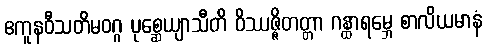
ဧကူနဝီသတိမဝဂ္ဂ ပုစ္ဆေယျာသီတိ ဝိဿဇ္ဇိတတ္တာ ဂန္ထာရမ္ဘေ စာလိယမာနံ